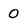
Character: 0